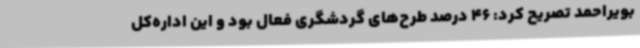
بویراحمد تصریح کرد: 46 درصد طرح‌های گردشگری فعال بود و این اداره‌کل